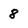
Character: 8